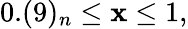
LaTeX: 0.(9)_{n}\leq\mathbf{x}\leq1,